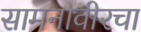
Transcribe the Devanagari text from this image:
सामनावीरचा